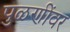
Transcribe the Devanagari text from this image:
पुळणींवर